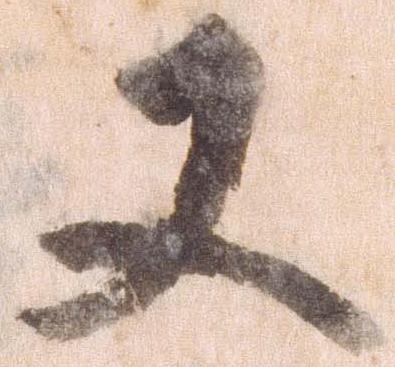
又